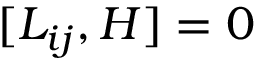
[ L _ { i j } , H ] = 0